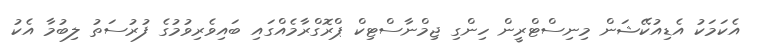
އެކަމަކު އެޑިއުކޭޝަން މިނިސްޓްރީން ހިންގި ޖިމްނާސްޓިކް ޕްރޮގްރާމެއްގައި ބައިވެރިވުމުގެ ފުރުސަތު ލިބުމާ އެކު